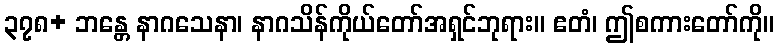
၃၇၈+ ဘန္တေ နာဂသေနာ၊ နာဂသိန်ကိုယ်တော်အရှင်ဘုရား။ ဧတံ၊ ဤစကားတော်ကို။